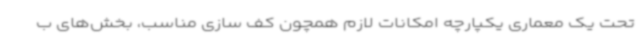
تحت یک معماری یکپارچه امکانات لازم همچون کف سازی مناسب، بخش‌های ب